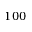
1 0 0